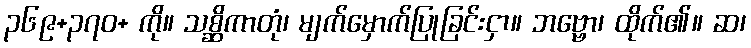
၃၆၉+၃၇၀+ ကို။ သစ္ဆိကာတုံ၊ မျက်မှောက်ပြုခြင်းငှာ။ ဘဗ္ဗော၊ ထိုက်၏။ ဆ၊